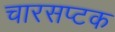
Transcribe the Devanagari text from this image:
चारसप्टक